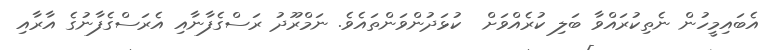
އެބައިމީހުން ނެތިކުރައްވާ ބަލި ކުރެއްވަށް  ކުޅަދުންވަންތައެވެ. ނަމްރޫދު ރަސްގެފާނާއި އެރަސްގެފާނުގެ އާރާއި